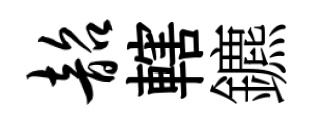
韶轄鑣